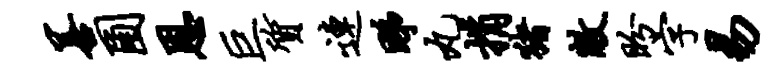
善圃恩巨质连睇丸捐猪敝盼字易